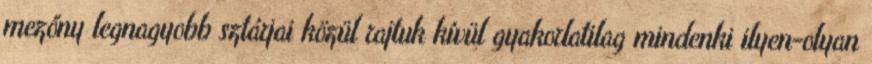
mezőny legnagyobb sztárjai közül rajtuk kívül gyakorlatilag mindenki ilyen-olyan